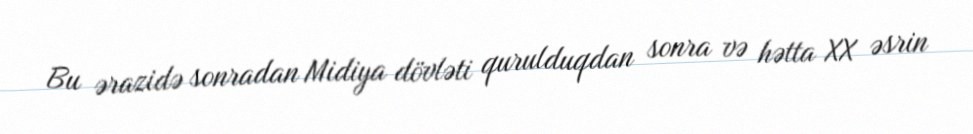
Bu ərazidə sonradan Midiya dövləti qurulduqdan sonra və hətta XX əsrin